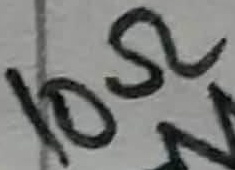
Text: 10Ω